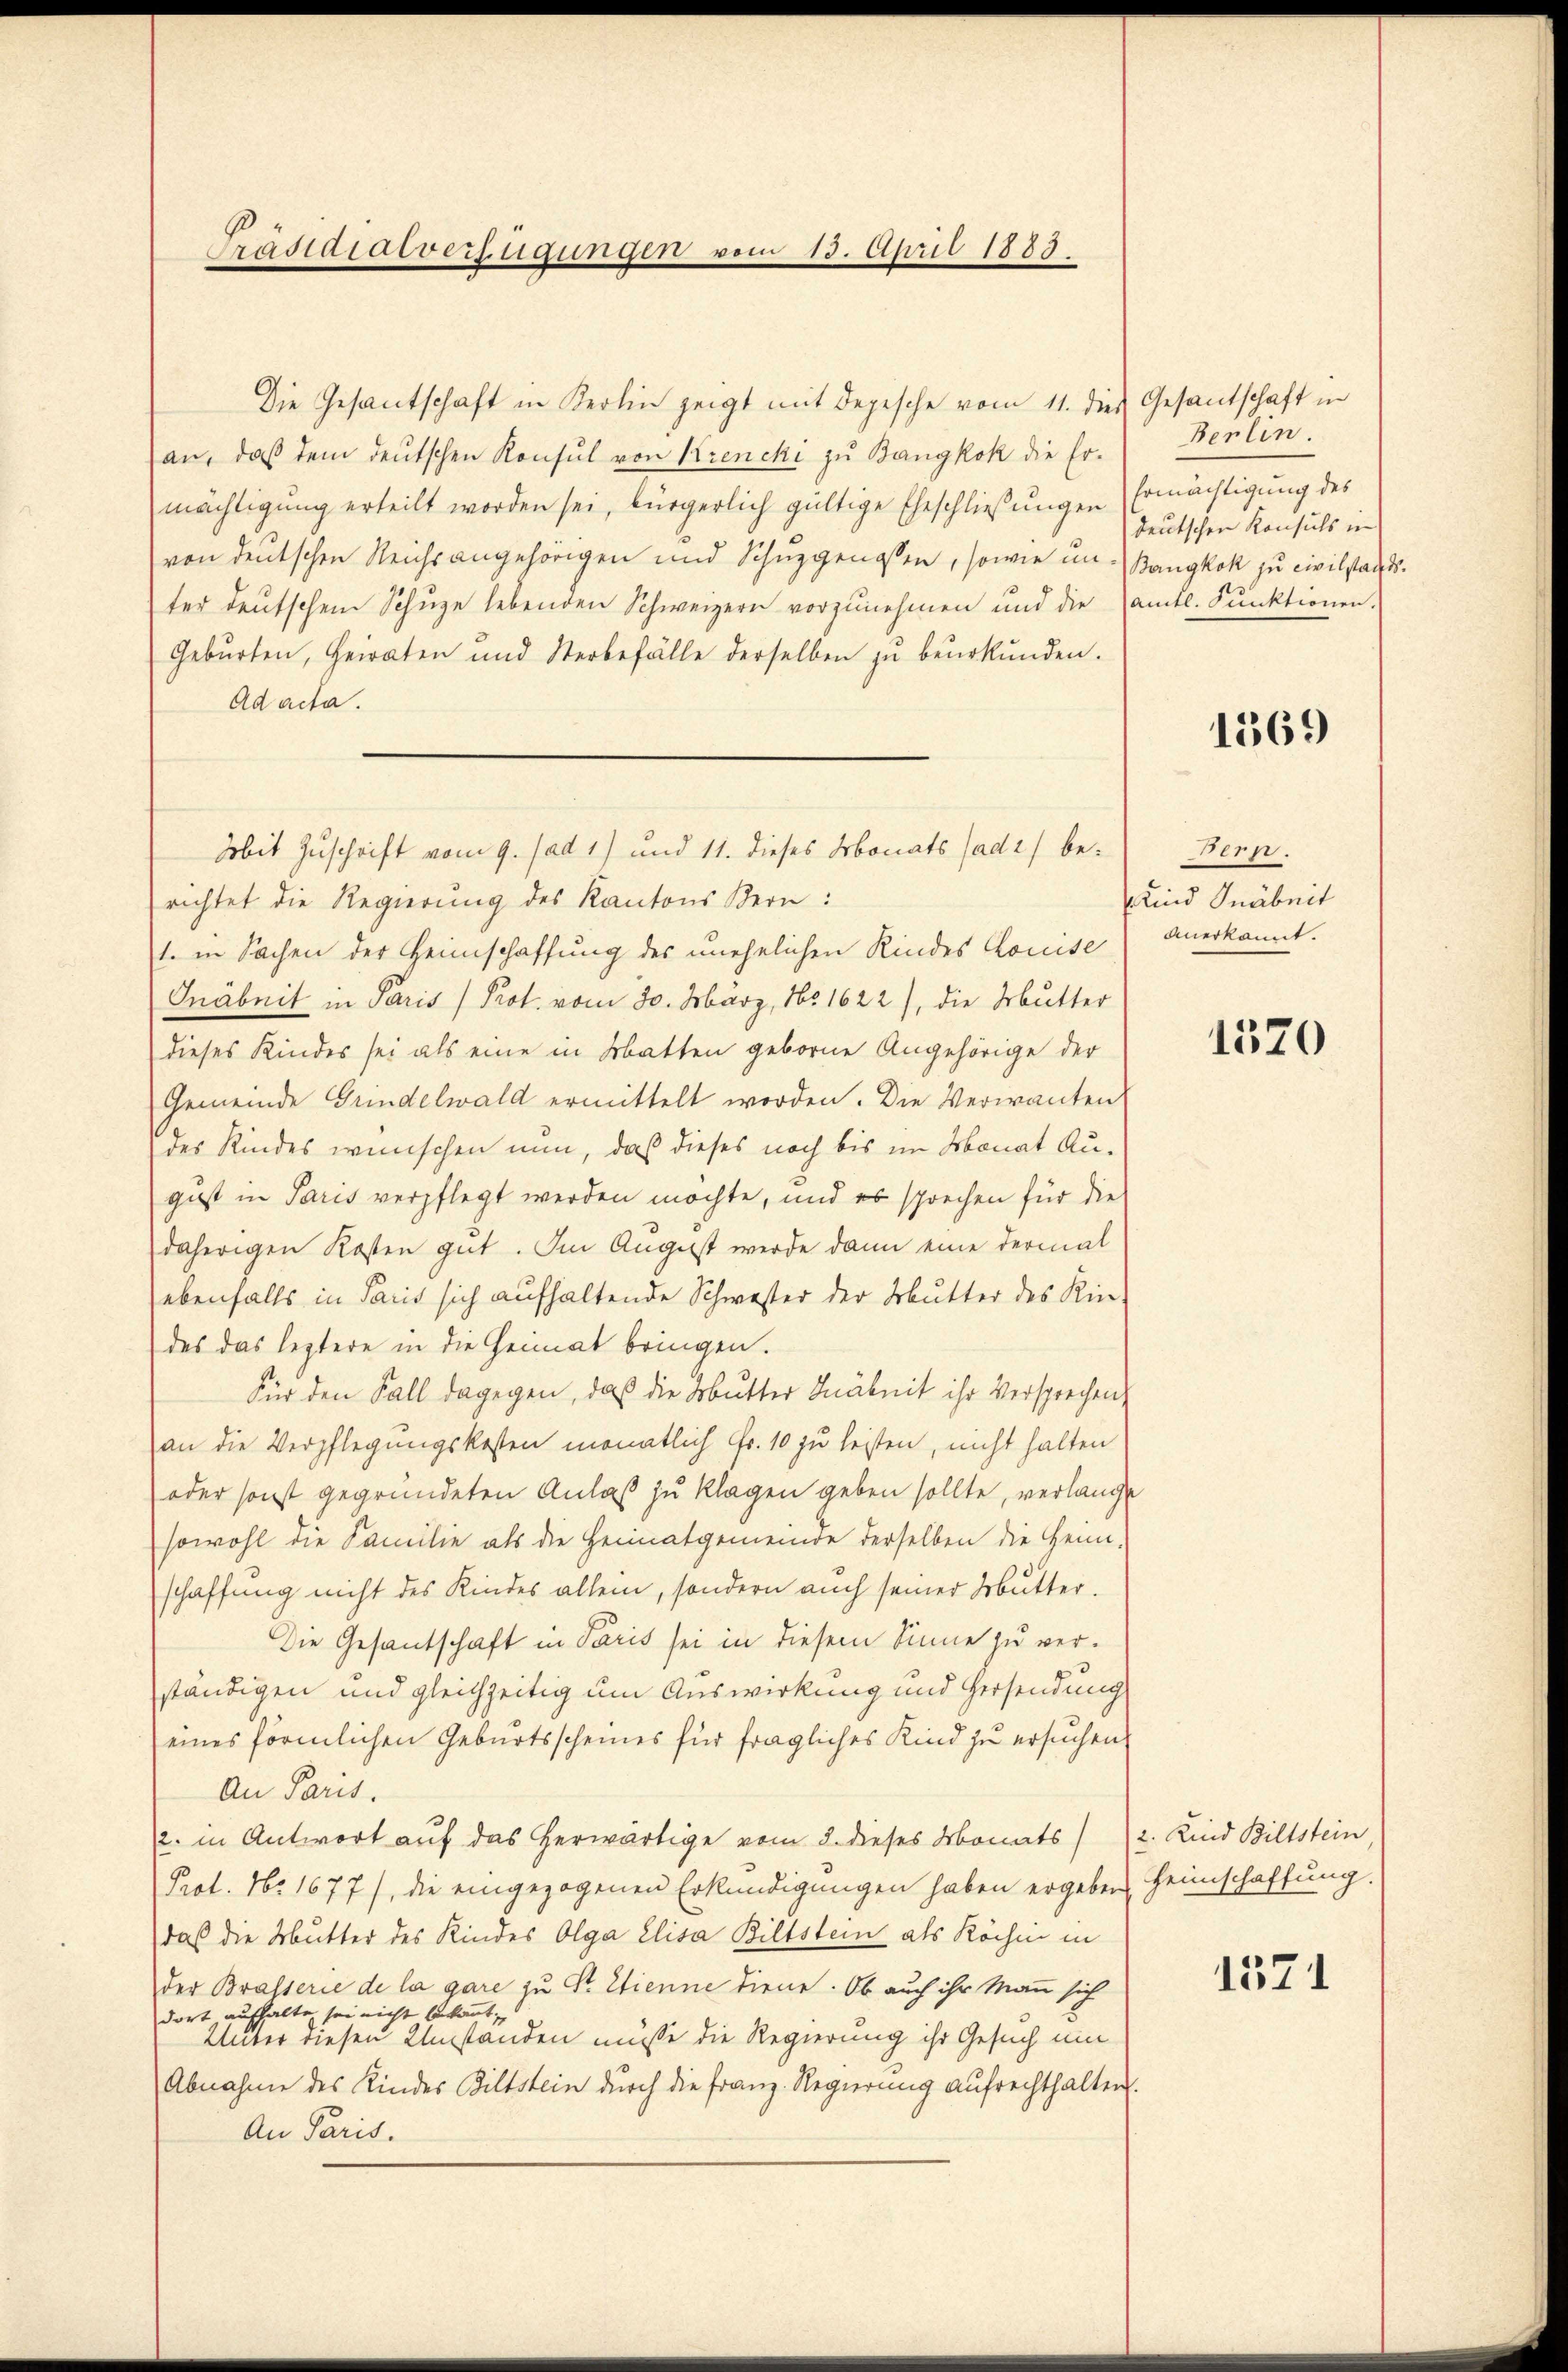
Präsidialverfügungen vom 15. April 1883

Die Gesantschaft in Kerlin zeigt mit depesche vom 11. dies Gesantschaft in
an, daß dem deutschen Konsul von Krencki zu Bangkok die Er-
mächtigung erteilt worden sei, bürgerlich gültige Eheschließungen
von deutschen Reichsangehörigen und Schuzgenossen, sowie unter deutschem Schuze lebenden Schweizern vorzunehmen und die
Geburten, Heiraten und Sterbefälle derselben zu beurkunden.
Ad acta.
richtet die Regierung des Kantons Bern:
1. in Sachen der Heimschaffung des unehelichen Kindes Komise
Gnäbnit in Paris Prot. vom 30. März, 1651622), die Mutter
dieses Kindes sei als eine in Matten geborne Angehörige der
Gemeinde Grindelwald ermittelt worden. Die Verwanten
des Kindes wünschen nun, daß dieses noch bis im Monat August in Paris verpflegt werden möchte, und es sprechen für die
daherigen Kosten gut. Im August werde dann eine dermal
ebenfalls in Paris sich aufhaltende Schwester der Mutter des Kin-
des das leztere in die Heimat bringen.
Für den Fall dagegen, daß die Mutter Häknit ihr Versprechen,
an die Verpflegungskosten monatlich Fr. 10 zu leisten, nicht halten
oder sonst gegründeten Anlaß zu klagen geben sollte, verlang
sowohl die Familie als die Heimatgemeinde derselben die Heim-
schaffung nicht des Kindes allein, sondern auch seiner Mutter.
Die Gesantschaft in Paris sei in diesem Sinne zu verständigen und gleichzeitig um Auswirkung und Versendung
eines förmlichen Geburtsscheines für fragliches Kind zu ersuchen
An Paris.
2. in Antwort auf das herwärtige vom 8. dieses Monats
Prot. No 1677), die eingezogenen Erkundigungen haben ergeben
daß die Mutter des Kindes Olga Elisa Bittstein als Köchin in
der Brasserie de la gare zu Sr. Etienne diene. Ob auch ihr Mann sich
dort aufhalte sei nicht bekannt,
Unter diesen Umständen müsse die Regierung ihr Gesuch um
Abnahme des Kindes Bittstein durch die Franz. Regierung aufrechthalten
An Paris.

Mit Zuschrift vom 9. ad 1) und 11. dieses Monats (adt) be-

Berlin.
Ermächtigung des
deutschen Konsuls in
Bangkok zu civilstants.
amtl. Punktionen.

1369

Bern.
Kind Gnäbeit
anerkannt.

1570

2. Kind Biltstein
Heimschaffung.

1371